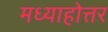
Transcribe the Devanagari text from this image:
मध्याहोत्तर